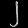
Digit: ၂